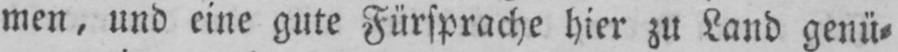
men, und eine gute Fürsprache hier zu Land genü⸗